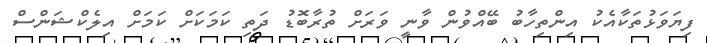
ފިޔަވަޅުތަކާއެކު އިންތިހާބު ބޭއްވުން ވާނީ ވަރަށް ތުރާބޮޑު ދަތި ކަމަކަށް ކަމަށް އިލެކްޝަންސް